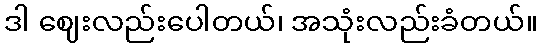
ဒါ ဈေးလည်းပေါတယ်၊ အသုံးလည်းခံတယ်။